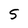
Character: 5